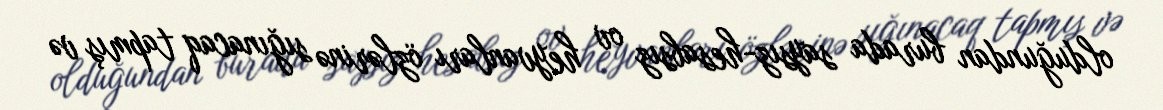
olduğundan burada saysız-hesabsız ov heyvanları özlərinə sığınacaq tapmış və